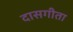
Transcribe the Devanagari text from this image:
दासगीता